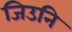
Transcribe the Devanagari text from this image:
जिउनि